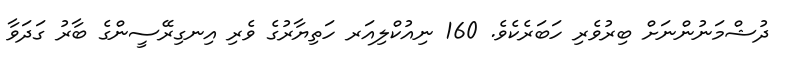
ދުޝްމަނުންނަށް ބިރުވެރި ހަބަރެކެވެ. 160 ނިއުކްލިއަރ ހަތިޔާރުގެ ވެރި އިނގިރޭސީންގެ ބާރު ގަދަވާ